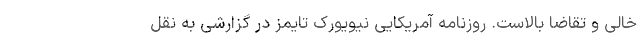
خالی و تقاضا بالاست. روزنامه آمریکایی نیویورک تایمز در گزارشی به نقل